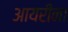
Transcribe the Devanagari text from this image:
आयरीना